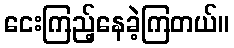
ငေးကြည့်နေခဲ့ကြတယ်။